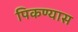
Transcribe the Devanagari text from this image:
पिकण्यास